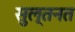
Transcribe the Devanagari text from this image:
सुल्तनत